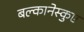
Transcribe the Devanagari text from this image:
बल्कानेस्कुए